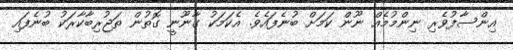
އިންސާފުވެރި ނިންމުމެއް ނޫން ކަމަށް ބުނެފައެވެ. އެކަމަކު ގާނޫނީ ގޮތުން ތަޖުރިބާކާރަކު ބުނެފައި